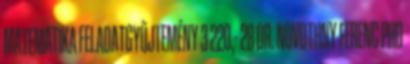
MATEMATIKA FELADATGYŰJTEMÉNY 3 220,- 28 DR. NOVOTHNY FERENC PHD